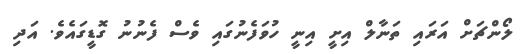
ލޯންޗަށް އަރައި ތަނާލް އިށީ އިނީ ހުވަފެނުގައި ވެސް ފެނުނު ގޮޑީގައެވެ. އަދި